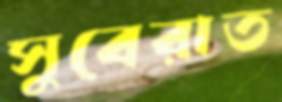
সুবেরাত